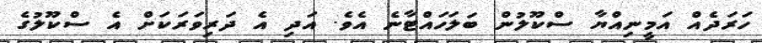
ހަރަދެއް އަމީނިއްޔާ ސްކޫލުން ބަލަހައްޓާނެ އެވެ. އަދި އެ ދަރިވަރަކަށް އެ ސްކޫލުގެ